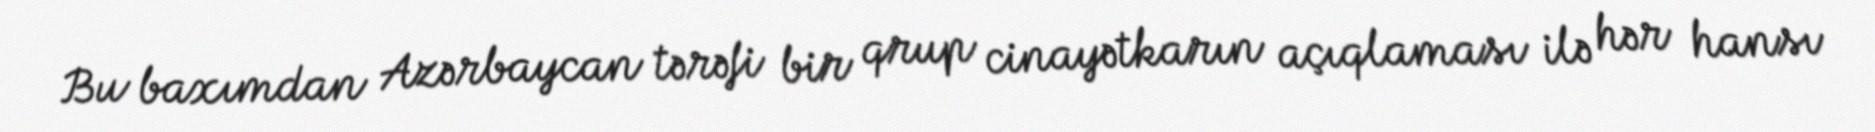
Bu baxımdan Azərbaycan tərəfi bir qrup cinayətkarın açıqlaması ilə hər hansı